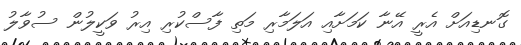
ގޮނޑިއަށް އެރީ އޭނާ ކަމަށާއި އަލަމާރި މަތި ފާސްކުރި އިރު ވަކީލުން ސުވާލު